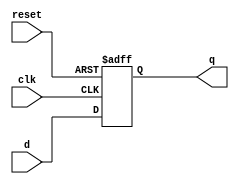
`timescale 1ns / 1ps


module D_FF(q, d, clk, reset);

output q;
input d, clk, reset;
reg q;

always @(posedge reset or negedge clk)
if (reset)
q <= 1'b0;
else
q <= d;
endmodule